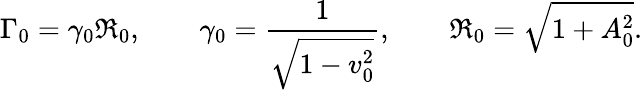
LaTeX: \Gamma_{0}=\gamma_{0}{\mathfrak R}_{0},\qquad\gamma_{0}={\frac{1}{\sqrt{1-v_{0}^{2}}}},\qquad{\mathfrak R}_{0}={\sqrt{1+A_{0}^{2}}}.